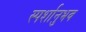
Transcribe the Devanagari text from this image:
स्पर्शानुभव